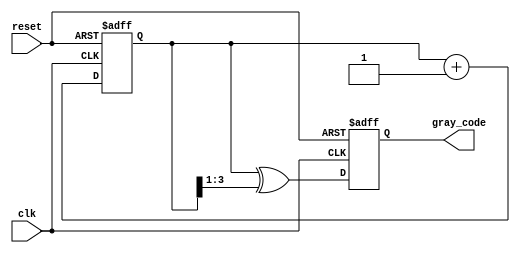
module GrayCodeCounter #(parameter n = 4) (
    input wire clk,                   // Clock input
    input wire reset,                 // Asynchronous reset
    output reg [n-1:0] gray_code      // n-bit Gray Code output
);
    
    reg [n-1:0] binary_counter;       // n-bit binary counter

    // Asynchronous reset
    always @(posedge clk or posedge reset) begin
        if (reset) begin
            binary_counter <= 0;       // Initialize binary counter to 0
            gray_code <= 0;            // Initialize Gray Code output to 0
        end else begin
            binary_counter <= binary_counter + 1; // Increment binary counter
            gray_code <= binary_counter ^ (binary_counter >> 1); // Convert to Gray Code
        end
    end

endmodule